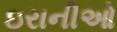
ઇરાનીઓ